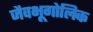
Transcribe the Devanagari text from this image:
जैवभूगोलिक